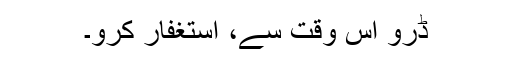
ڈرو اس وقت سے، استغفار کرو۔